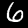
Label: 6